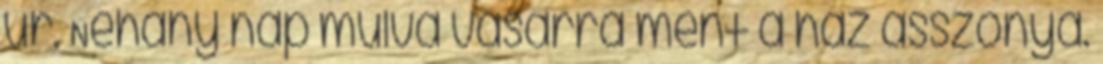
úr. Néhány nap múlva vásárra ment a ház asszonya.